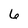
Character: 6